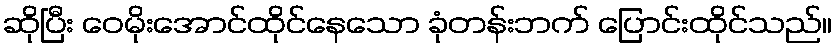
ဆိုပြီး ဝေမိုးအောင်ထိုင်နေသော ခုံတန်းဘက် ပြောင်းထိုင်သည်။